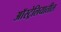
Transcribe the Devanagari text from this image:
अाॅस्ट्रेलियातील